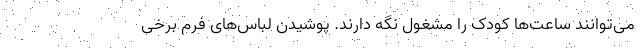
می‌توانند ساعت‌ها کودک را مشغول نگه دارند. پوشیدن لباس‌های فرم برخی